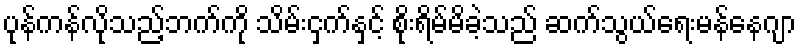
ပုန်ကန်လိုသည့်ဘက်ကို သိမ်းငှက်နှင့် စိုးရိမ်မိခဲ့သည် ဆက်သွယ်ရေးမန်နေဂျာ